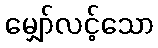
မျှော်လင့်သော